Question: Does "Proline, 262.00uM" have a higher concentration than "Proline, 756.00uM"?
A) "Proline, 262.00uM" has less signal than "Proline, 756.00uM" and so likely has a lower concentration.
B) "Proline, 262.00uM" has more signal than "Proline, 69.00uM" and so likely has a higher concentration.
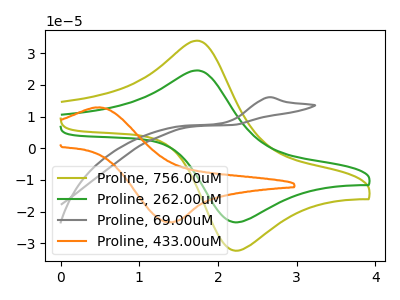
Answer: <think>The olive curve "Proline, 756.00uM" has an anodic peak at (1.75V, 33.95uA) and a cathodic peak at (2.20V, -32.35uA). The green curve "Proline, 262.00uM" has an anodic peak at (1.75V, 24.55uA) and a cathodic peak at (2.20V, -23.40uA). The gray curve "Proline, 69.00uM" has an anodic peak at: (2.65V, 16.05uA). The orange curve "Proline, 433.00uM" has an anodic peak at (0.45V, 12.85uA) and a cathodic peak at (1.40V, -23.30uA).
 All the peaks in "Proline, 262.00uM" have a peak in "Proline, 756.00uM" at the same potential. Every peak in "Proline, 262.00uM" is lower than every peak in "Proline, 756.00uM".</think>
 <answer>A) "Proline, 262.00uM" has less signal than "Proline, 756.00uM" and so likely has a lower concentration.</answer>
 <eval>A</eval>